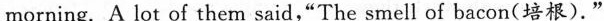
morning. A lot of them said,"The smell of bacon(培根)."